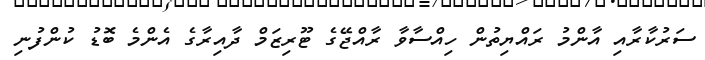
ސަރުކާރާއި އާންމު ރައްޔިތުން ހިއްސާވާ ރާއްޖޭގެ ޓޫރިޒަމް ދާއިރާގެ އެންމެ ބޮޑު ކުންފުނި